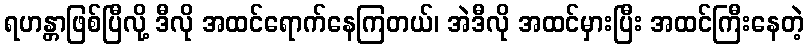
ရဟန္တာဖြစ်ပြီလို့ ဒီလို အထင်ရောက်နေကြတယ်၊ အဲဒီလို အထင်မှားပြီး အထင်ကြီးနေတဲ့